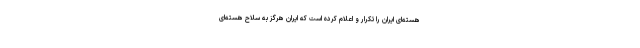
هسته‌ای ایران را تکرار و اعلام کرده است که ایران هرگز به سلاح هسته‌ای